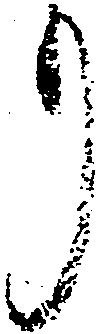
り